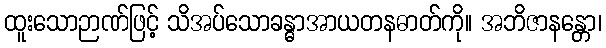
ထူးသောဉာဏ်ဖြင့် သိအပ်သောခန္ဓာအာယတနဓာတ်ကို။ အဘိဇာနန္တော၊